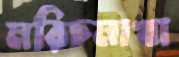
মরিচমাখা